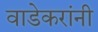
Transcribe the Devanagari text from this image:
वाडेकरांनी